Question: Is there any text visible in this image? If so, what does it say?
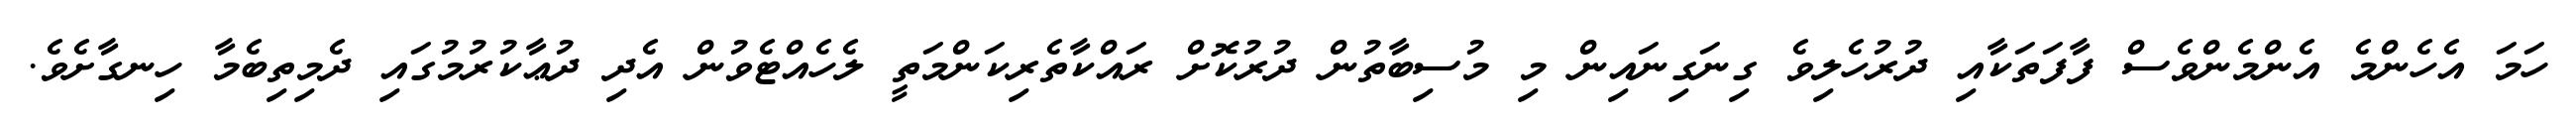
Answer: ހަމަ އެހެންމެ އެންމެންވެސް ފާފަތަކާއި ދުރުހެލިވެ ގިނަގިނައިން މި މުސިބާތުން ދުރުކޮށް ރައްކާތެރިކަންމަތީ ލެހެއްޓެވުން އެދި ދުޢާކުރުމުގައި ދެމިތިބެމާ ހިނގާށެވެ.